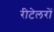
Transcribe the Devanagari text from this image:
रीटेलरों